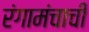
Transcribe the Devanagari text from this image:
रंगामंचाची